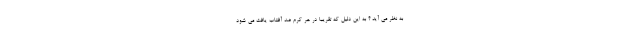
به نظر می آید ؟ به این دلیل که تقریبا در هر کرم ضد آفتاب یافت می شود